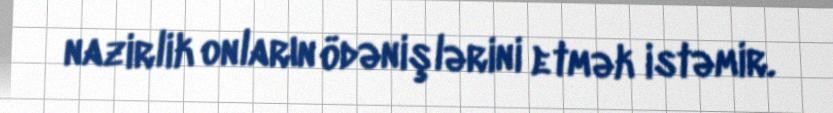
nazirlik onların ödənişlərini etmək istəmir.